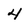
Character: 4